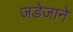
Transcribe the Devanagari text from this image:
जडेजाने